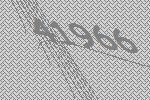
41966